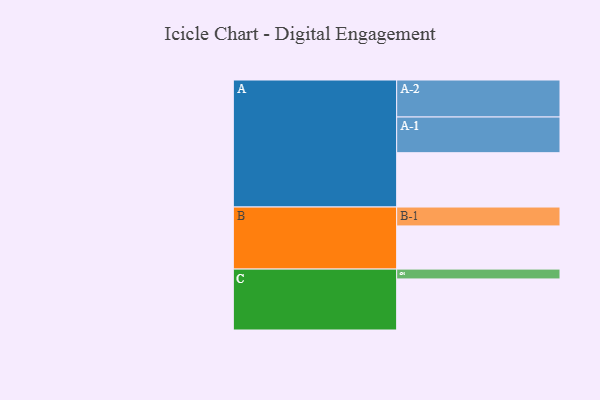
{"axis": {"x": "Segment", "y": "Value"}, "legend": ["", "A", "B", "C"], "data": [{"x": "A", "y": 414, "type": ""}, {"x": "B", "y": 329, "type": ""}, {"x": "C", "y": 389, "type": ""}, {"x": "A-1", "y": 272, "type": "A"}, {"x": "A-2", "y": 282, "type": "A"}, {"x": "B-1", "y": 144, "type": "B"}, {"x": "C-1", "y": 75, "type": "C"}]}